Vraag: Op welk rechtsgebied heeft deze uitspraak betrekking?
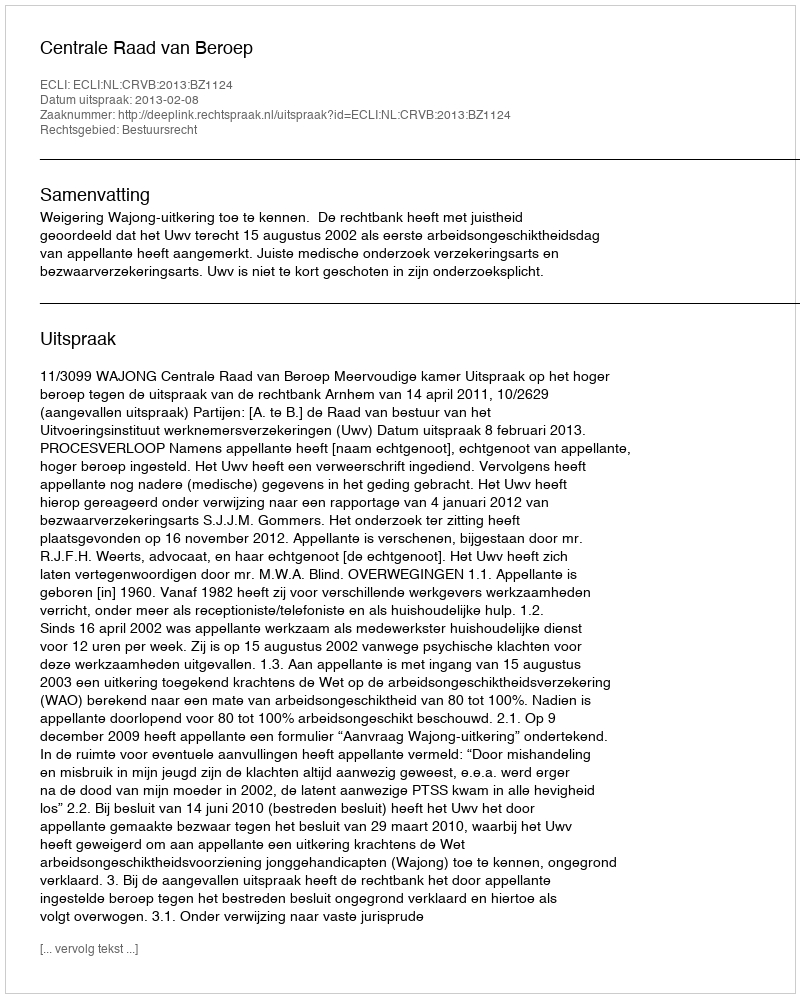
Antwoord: Bestuursrecht